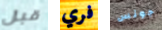
قبل فري جونس